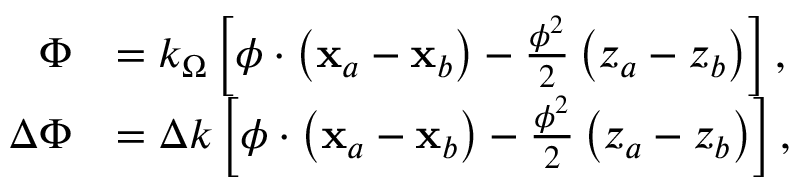
\begin{array} { r l } { \Phi } & { = k _ { \Omega } \left[ \boldsymbol { \phi } \cdot \left( \mathbf { x } _ { a } - \mathbf { x } _ { b } \right) - \frac { \boldsymbol { \phi } ^ { 2 } } { 2 } \left( z _ { a } - z _ { b } \right) \right] , } \\ { \Delta \Phi } & { = \Delta k \left[ \boldsymbol { \phi } \cdot \left( \mathbf { x } _ { a } - \mathbf { x } _ { b } \right) - \frac { \boldsymbol { \phi } ^ { 2 } } { 2 } \left( z _ { a } - z _ { b } \right) \right] , } \end{array}